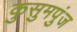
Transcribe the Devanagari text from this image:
कुसुमपुंज